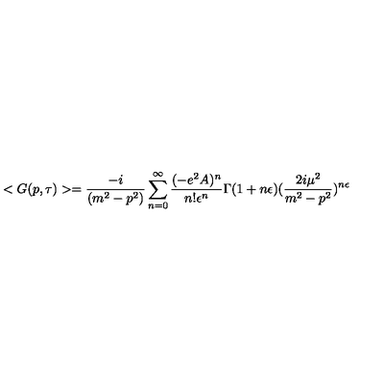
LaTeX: < G ( p , \tau ) > = \frac { - i } { ( m ^ { 2 } - p ^ { 2 } ) } \sum _ { n = 0 } ^ { \infty } \frac { ( - e ^ { 2 } A ) ^ { n } } { n ! \epsilon ^ { n } } \Gamma ( 1 + n \epsilon ) ( \frac { 2 i \mu ^ { 2 } } { m ^ { 2 } - p ^ { 2 } } ) ^ { n \epsilon }